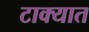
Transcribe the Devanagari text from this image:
टाक्‍यात